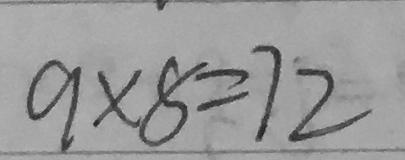
9 \times 8 = 7 2